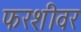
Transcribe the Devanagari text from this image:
फरशीवर